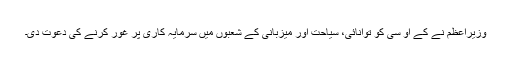
وزیراعظم نے کے او سی کو توانائی، سیاحت اور میزبانی کے شعبوں میں سرمایہ کاری پر غور کرنے کی دعوت دی۔